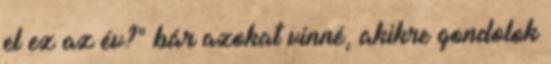
el ez az év?" bár azokat vinné, akikre gondolok